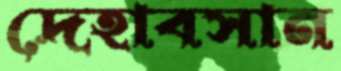
দেহাবসান